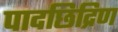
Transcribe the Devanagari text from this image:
पादछिद्रिण